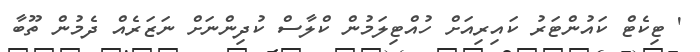
' ޓިކެޓް ކައުންޓަރު ކައިރިއަށް ހުއްޓިލަމުން ކްލާސް ކުދިންނަށް ނަޒަރެއް ދެމުން ތޫބާ